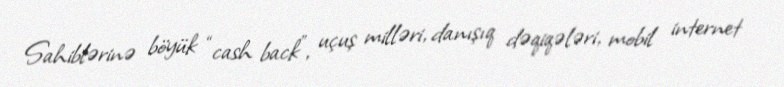
Sahiblərinə böyük “cash back”, uçuş milləri, danışıq dəqiqələri, mobil internet